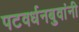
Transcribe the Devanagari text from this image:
पटवर्धनबुवांनी